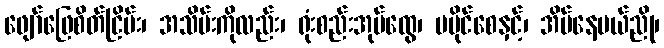
ဖျော်ဖြေစိတ်ငြိမ်း၊ အသိမ်းကိုလည်း၊ ရုံးစည်းအုပ်ထွေ၊ မပိုင်စေနှင့်၊ အိမ်နေမယ်ညို၊